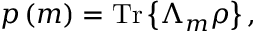
p \left( m \right) = { \mathrm { T r } } \left\{ \Lambda _ { m } \rho \right\} ,